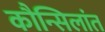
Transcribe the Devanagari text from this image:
कौन्सिलांत